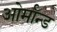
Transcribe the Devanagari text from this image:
ओर्मॉन्ड